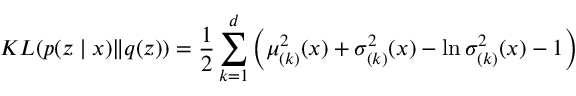
K L ( p ( z \mid x ) \| q ( z ) ) = \frac { 1 } { 2 } \sum _ { k = 1 } ^ { d } \left( \mu _ { ( k ) } ^ { 2 } ( x ) + \sigma _ { ( k ) } ^ { 2 } ( x ) - \ln \sigma _ { ( k ) } ^ { 2 } ( x ) - 1 \right)